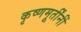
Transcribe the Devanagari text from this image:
कृष्णमूर्तींनीं